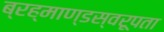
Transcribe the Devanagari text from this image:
ब्रह्माण्डस्वरूपता